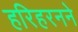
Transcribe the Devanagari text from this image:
हरिहरनने